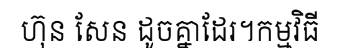
ហ៊ុន សែន ដូចគ្នាដែរ។កម្មវិធី